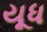
યૂધ